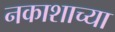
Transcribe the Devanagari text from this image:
नकाशाच्या